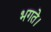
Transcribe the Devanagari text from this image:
भगते।